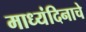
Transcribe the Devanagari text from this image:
माध्यंदिनाचे